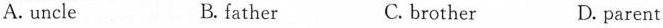
A.uncle B. father C. brother D. parent